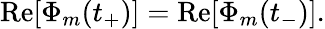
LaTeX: \mathrm{Re}[\Phi_{m}(t_{+})]=\mathrm{Re}[\Phi_{m}(t_{-})].